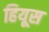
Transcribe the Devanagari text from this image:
हियूस